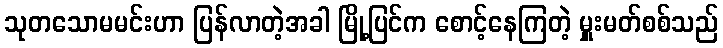
သုတသောမမင်းဟာ ပြန်လာတဲ့အခါ မြို့ပြင်က စောင့်နေကြတဲ့ မှူးမတ်စစ်သည်